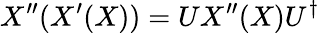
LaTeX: X^{\prime\prime}(X^{\prime}(X))=UX^{\prime\prime}(X)U^{\dagger}